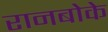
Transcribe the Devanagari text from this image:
रानबोके